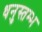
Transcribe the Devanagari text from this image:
धनुस्तम्भ